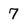
Character: 7